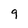
Character: 9